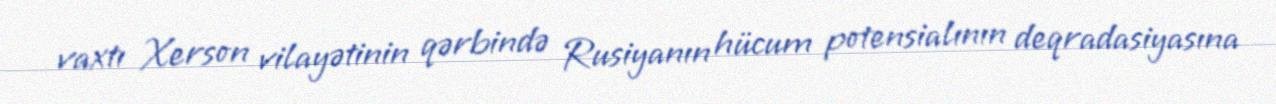
vaxtı Xerson vilayətinin qərbində Rusiyanın hücum potensialının deqradasiyasına